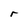
Character: r